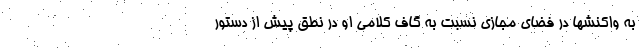
به واکنشها در فضای مجازی نسبت به گاف کلامی او در نطق پیش از دستور